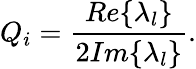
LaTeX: Q_{i}=\frac{Re\{ {\lambda_{l}}\} }{2Im\{ {\lambda_{l}}\} }.